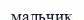
мальчик